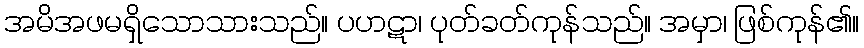
အမိအဖမရှိသောသားသည်။ ပဟဋာ၊ ပုတ်ခတ်ကုန်သည်။ အမှာ၊ ဖြစ်ကုန်၏။